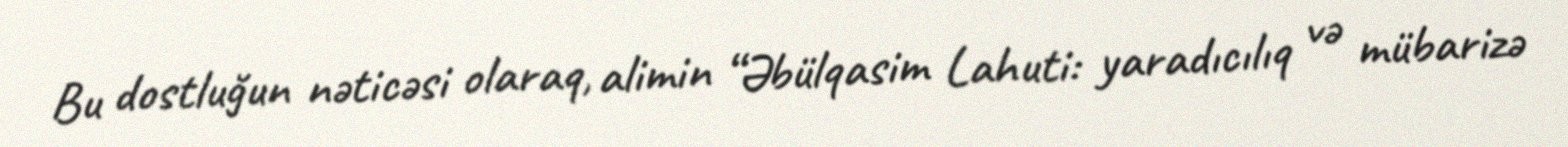
Bu dostluğun nəticəsi olaraq, alimin “Əbülqasim Lahuti: yaradıcılıq və mübarizə